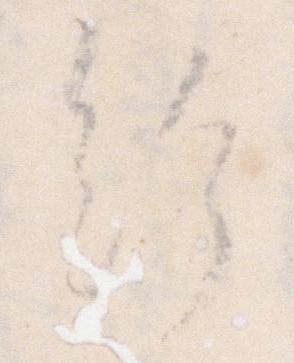
給